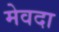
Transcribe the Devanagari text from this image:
मेवदा